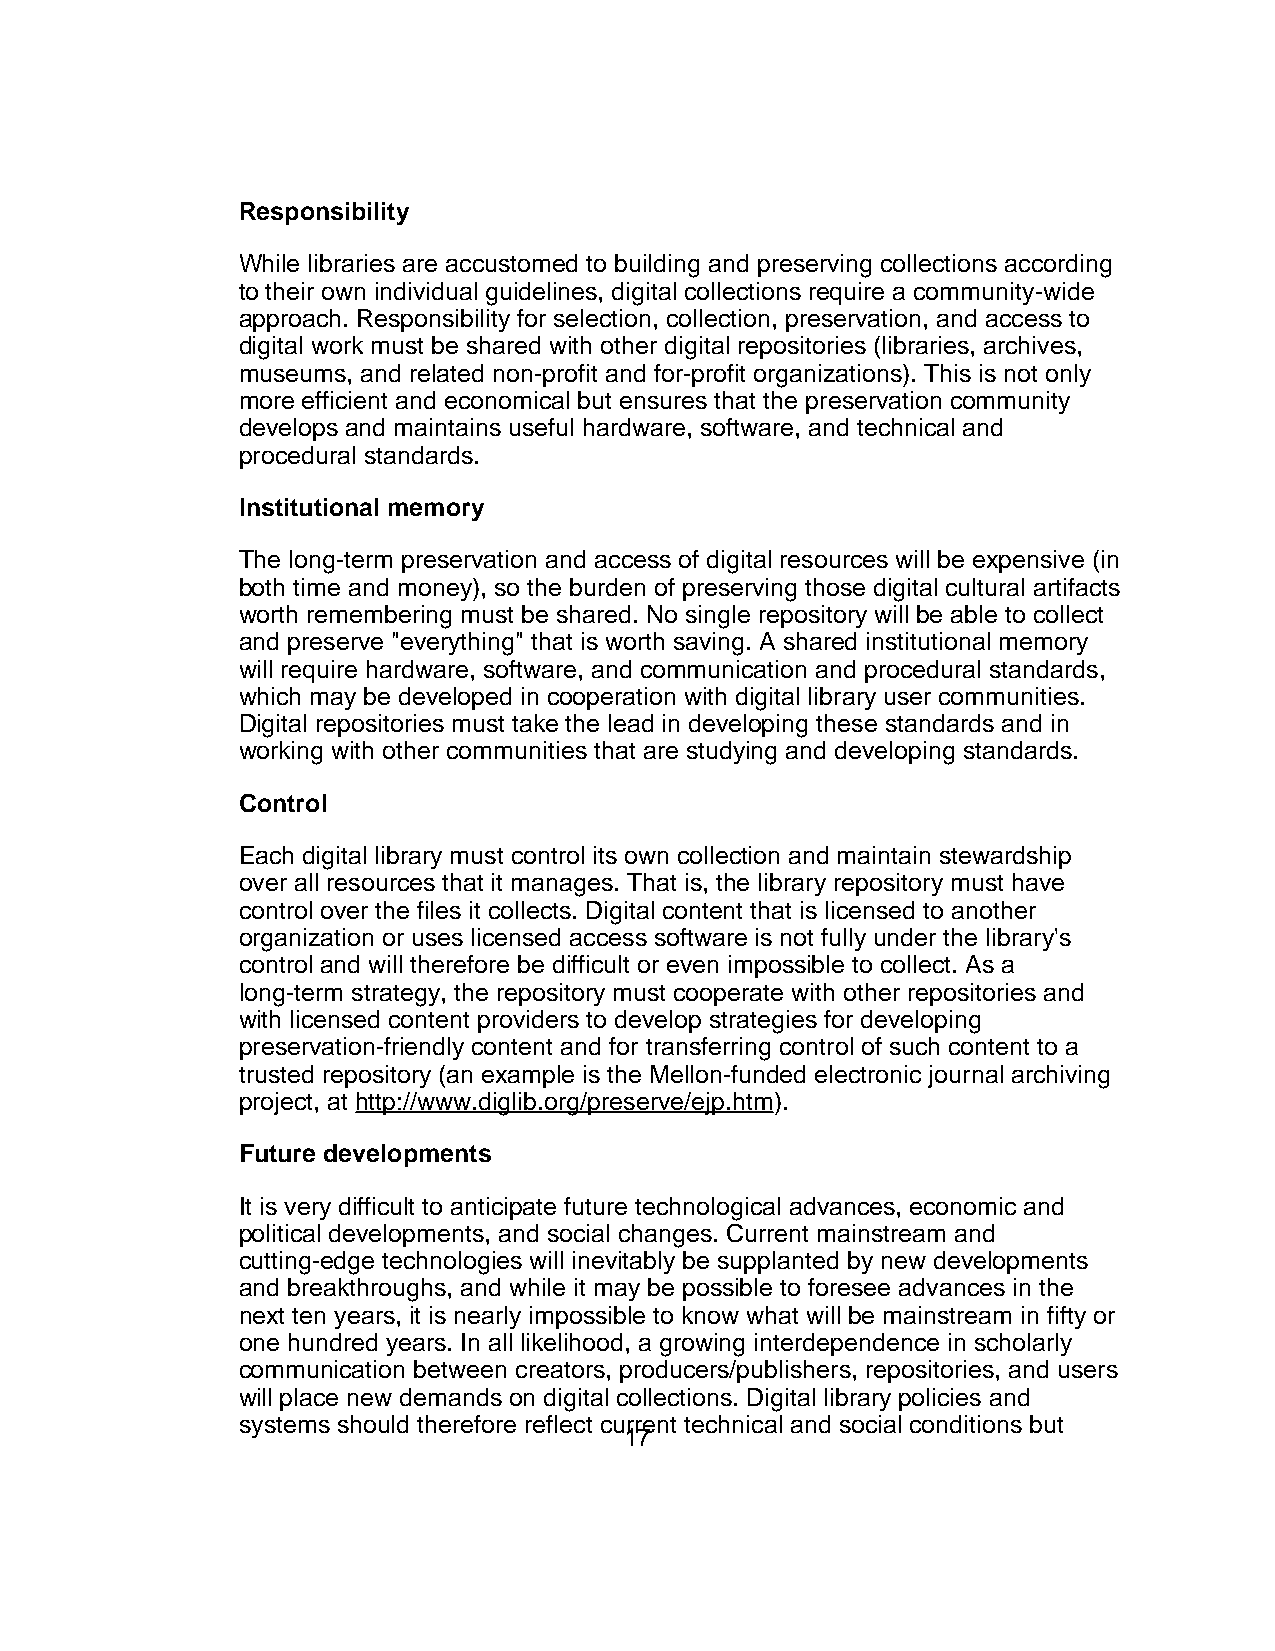
Responsibility
 While libraries are accustomed to building and preserving collections according
 to their own individual guidelines, digital collections require a community-wide
 approach. Responsibility for selection, collection, preservation, and access to
 digital work must be shared with other digital repositories (libraries, archives,
 museums, and related non-profit and for-profit organizations). This is not only
 more efficient and economical but ensures that the preservation community
 develops and maintains useful hardware, software, and technical and
 procedural standards.
 Institutional memory
 The long-term preservation and access of digital resources will be expensive (in
 both time and money), so the burden of preserving those digital cultural artifacts
 worth remembering must be shared. No single repository will be able to collect
 and preserve "everything" that is worth saving. A shared institutional memory
 will require hardware, software, and communication and procedural standards,
 which may be developed in cooperation with digital library user communities.
 Digital repositories must take the lead in developing these standards and in
 working with other communities that are studying and developing standards.
 Control
 Each digital library must control its own collection and maintain stewardship
 over all resources that it manages. That is, the library repository must have
 control over the files it collects. Digital content that is licensed to another
 organization or uses licensed access software is not fully under the library's
 control and will therefore be difficult or even impossible to collect. As a
 long-term strategy, the repository must cooperate with other repositories and
 with licensed content providers to develop strategies for developing
 preservation-friendly content and for transferring control of such content to a
 trusted repository (an example is the Mellon-funded electronic journal archiving
 project, at http://www.diglib.org/preserve/ejp.htm).
 Future developments
 It is very difficult to anticipate future technological advances, economic and
 political developments, and social changes. Current mainstream and
 cutting-edge technologies will inevitably be supplanted by new developments
 and breakthroughs, and while it may be possible to foresee advances in the
 next ten years, it is nearly impossible to know what will be mainstream in fifty or
 one hundred years. In all likelihood, a growing interdependence in scholarly
 communication between creators, producers/publishers, repositories, and users
 will place new demands on digital collections. Digital library policies and
 systems should therefore reflect current technical and social conditions but
 17